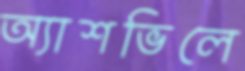
অ্যাশভিলে